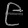
Digit: ၉